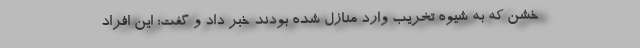
خشن که به شیوه تخریب وارد منازل شده بودند خبر داد و گفت: این افراد